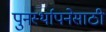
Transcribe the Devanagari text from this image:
पुनर्स्थापनेसाठी